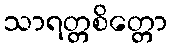
သာရတ္တစိတ္တော